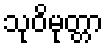
သုဝိမုတ္တာ